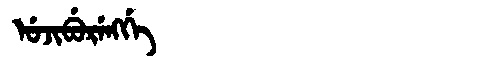
Manchu: ᡠᠵᡳᠪᡠᡵᡝᠩᡤᡝ
Romanization: UJIBURENGGE